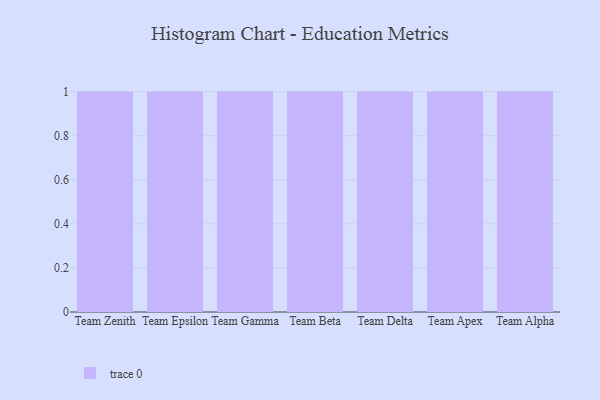
{"axis": {"x": "Team", "y": "Energy Usage (MWh)"}, "legend": [""], "data": [{"x": "Team Zenith", "y": 63, "type": ""}, {"x": "Team Epsilon", "y": 28, "type": ""}, {"x": "Team Gamma", "y": 70, "type": ""}, {"x": "Team Beta", "y": 88, "type": ""}, {"x": "Team Delta", "y": 82, "type": ""}, {"x": "Team Apex", "y": 1, "type": ""}, {"x": "Team Alpha", "y": 72, "type": ""}]}